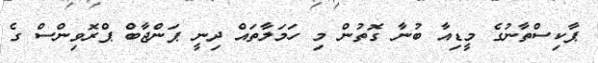
ޕާކިސްތާނުގެ މީޑިއާ ބުނާ ގޮތުން މި ހަމަލާތައް ދިނީ ޕަންޖާބް ޕްރޮވިންސް ގެ